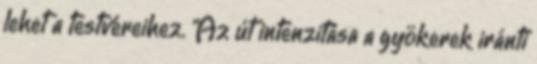
lehet a testvéreihez. "Az út intenzitása a gyökerek iránti